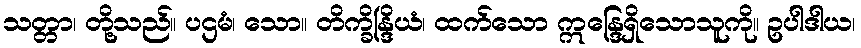
သတ္တာ၊ တို့သည်။ ပဌမံ၊ သော။ တိက္ခိန္ဒြိယံ၊ ထက်သော ဣန္ဒြေရှိသောသူကို။ ဥပါဒါယ၊